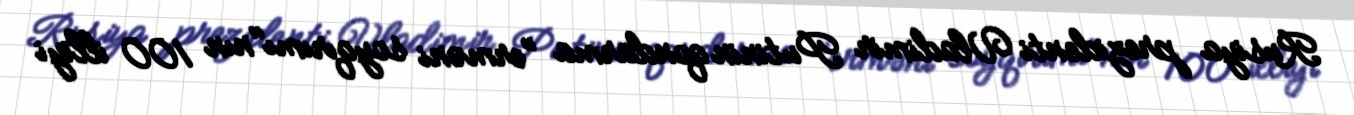
Rusiya prezidenti Vladimir Putinin qondarma "erməni soyqırımı"nın 100 illiyi